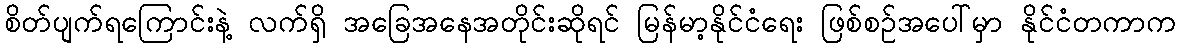
စိတ်ပျက်ရကြောင်းနဲ့ လက်ရှိ အခြေအနေအတိုင်းဆိုရင် မြန်မာ့နိုင်ငံရေး ဖြစ်စဉ်အပေါ်မှာ နိုင်ငံတကာက